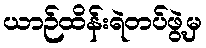
ယာဉ်ထိန်းရဲတပ်ဖွဲ့မှ